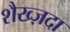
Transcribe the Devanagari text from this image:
शैख्ज़दा